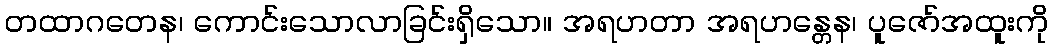
တထာဂတေန၊ ကောင်းသောလာခြင်းရှိသော။ အရဟတာ အရဟန္တေန၊ ပူဇော်အထူးကို